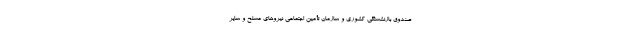
صندوق بازنشستگی کشوری و سازمان تأمین اجتماعی نیروهای مسلح و سایر